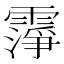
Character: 𬰆